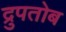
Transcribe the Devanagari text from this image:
द्रुपतोब